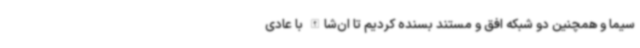
سیما و همچنین دو شبکه افق و مستند بسنده کردیم تا ان‌شاالله با عادی